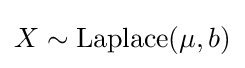
X\sim {\textrm {Laplace}}(\mu ,b)